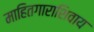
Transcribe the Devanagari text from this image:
माहितगाराशिवाय